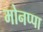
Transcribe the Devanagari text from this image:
मोनप्पा